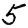
Digit: 5